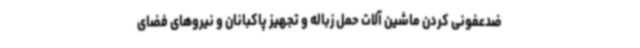
ضدعفونی کردن ماشین آلات حمل زباله و تجهیز پاکبانان و نیروهای فضای